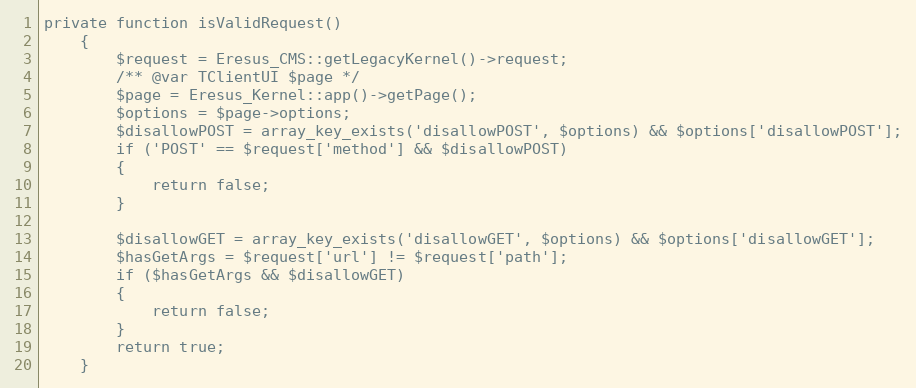
Language: PHP
private function isValidRequest()
    {
        $request = Eresus_CMS::getLegacyKernel()->request;
        /** @var TClientUI $page */
        $page = Eresus_Kernel::app()->getPage();
        $options = $page->options;
        $disallowPOST = array_key_exists('disallowPOST', $options) && $options['disallowPOST'];
        if ('POST' == $request['method'] && $disallowPOST)
        {
            return false;
        }

        $disallowGET = array_key_exists('disallowGET', $options) && $options['disallowGET'];
        $hasGetArgs = $request['url'] != $request['path'];
        if ($hasGetArgs && $disallowGET)
        {
            return false;
        }
        return true;
    }